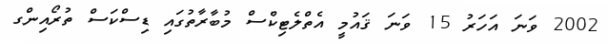
2002 ވަނަ އަހަރު 15 ވަނަ ޤައުމީ އެތްލެޓިކްސް މުބާރާތުގައި ޑިސްކަސް ތުރޯއިންގ